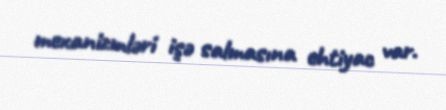
mexanizmləri işə salmasına ehtiyac var.